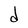
Character: d